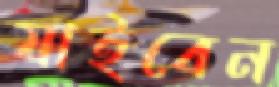
যাইবেন